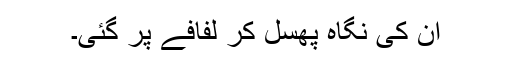
ان کی نگاہ پھسل کر لفافے پر گئی۔